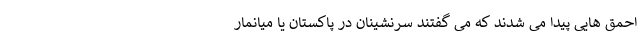
احمق هایی پیدا می شدند که می گفتند سرنشینان در پاکستان یا میانمار